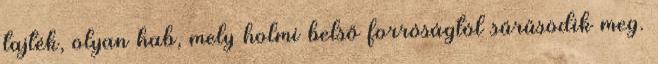
tajték, olyan hab, mely holmi belső forróságtól sűrűsödik meg.